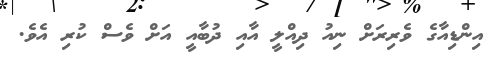
އިންޑިއާގެ ވެރިރަށް ނިއު ދިއްލީ އާއި ދުބާއީ އަށް ވެސް ކުރި އެވެ.